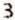
3